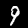
Digit: 9